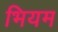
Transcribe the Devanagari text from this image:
भियम